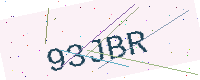
Text: 93JBR